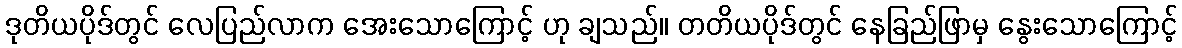
ဒုတိယပိုဒ်တွင် လေပြည်လာက အေးသောကြောင့် ဟု ချသည်။ တတိယပိုဒ်တွင် နေခြည်ဖြာမှ နွေးသောကြောင့်